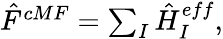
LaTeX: \begin{array}{r}{\hat{F}^{cMF}=\sum_{I}\hat{H}_{I}^{eff},}\end{array}